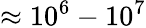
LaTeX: \approx 10^{6}-10^{7}